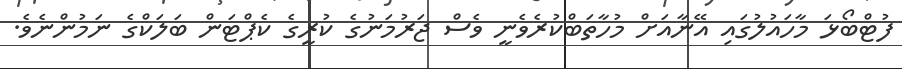
ފުޓްބޯޅަ މާހައުލުގައި އޭނާއަށް މުހާތަބްކުރެވެނީ ވެސް ޖަރުމަނުގެ ކުރީގެ ކެޕްޓަން ބަލަކްގެ ނަމުންނެވެ.